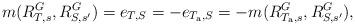
LaTeX: \begin{align*}m(R^G_{T, s}, R^G_{S, s'}) = e_{T, S} = -e_{T_{\rm a}, S} = - m(R^G_{T_{\rm a}, s}, R^G_{S, s'}),\end{align*}